Report on plague in the Punjab from October 1st ... to September 30th ..., being the ... season of plague in the province
Disease focus: Plague
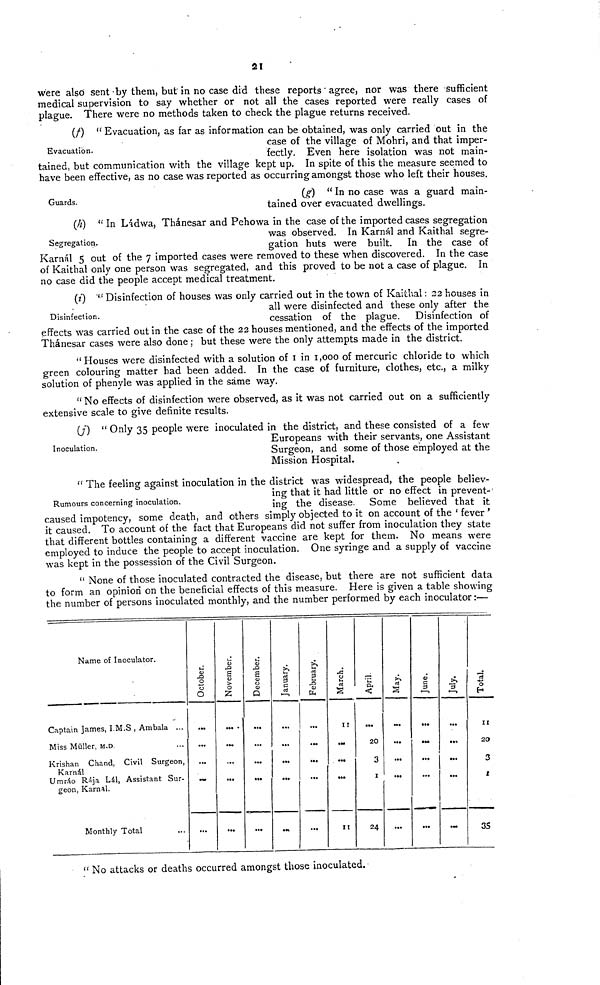
21
were also sent-by them, but in no case did these reports agree, nor was there sufficient
medical supervision to say whether or not all the cases reported were really cases of
plague. There were no methods taken to check the plague returns received.
Evacuation.
(f) " Evacuation, as far as information can be obtained, was only carried out in the
case of the village of Mohri, and that imper-
fectly. Even here isolation was not main-
tained, but communication with the village kept up. In spite of this the measure seemed to
have been effective, as no case was reported as occurring amongst those who left their houses.
Guards.
(g) " In no case was a guard main-
tained over evacuated dwellings.
Segregation.
(A) " In Lidwa, Thánesar and Pehowa in the case of the imported cases segregation
was observed. In Karnál and Kaithal segre-
gation huts were built. In the case of
Karnal 5 out of the 7 imported cases were removed to these when discovered. In the case
of Kaithal only one person was segregated, and this proved to be not a case of plague. In
no case did the people accept medical treatment.
Disinfection.
(0 " Disinfection of houses was only carried out in the town of Kaithal : 22 houses in
all were disinfected and these only after the
cessation of the plague. Disinfection of
effects was carried out in the case of the 22 houses mentioned, and the effects of the imported
Thánesar cases were also done ; but these were the only attempts made in the district.
"Houses were disinfected with a solution of 1 in 1,000 of mercuric chloride to which
green colouring matter had been added. In the case of furniture, clothes, etc., a milky
solution of phenyle was applied in the same way.
" No effects of disinfection were observed, as it was not carried out on a sufficiently
extensive scale to give definite results.
Inoculation.
(7) " Only 35 people were inoculated in the district, and these consisted of a few
Europeans with their servants, one Assistant
Surgeon, and some of those employed at the
Mission Hospital.
Rumours concerning inoculation.
" The feeling against inoculation in the district was widespread, the people believ-
ing that it had little or no effect in prevent-
ing the disease. Some believed that it
caused impotency, some death, and others simply objected to it on account of the ' fever '
it caused. To account of the fact that Europeans did not suffer from inoculation they state
that different bottles containing a different vaccine are kept for them. No means were
employed to induce the people to accept inoculation. One syringe and a supply of vaccine
was kept in the possession of the Civil Surgeon.
" None of those inoculated contracted the disease, but there are not sufficient data
to form an opinion on the beneficial effects of this measure. Here is given a table showing
the number of persons inoculated monthly, and the number performed by each inoculator :—
Name of Inoculator.
Captain James, I.M.S , Ambala ...
Miss Müller, M.D.
Krishan Chand, Civil Surgeon,
Karnál
Umráo Rája Lál, Assistant Sur-
geon, Karnâl.
Monthly Total
October.
November.
December.
January.
February.
...
March.
11
II
April.
20
3
1
24
May.
...
...
...
...
June
••
...
...
...
July
...
...
...
Total.
11
20
3
1
35
"No attacks or deaths occurred amongst those inoculated.